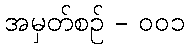
အမှတ်စဥ် - ၀၀၁